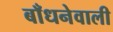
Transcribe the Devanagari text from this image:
बाँधनेवाली